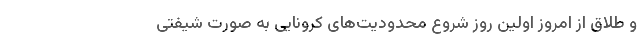
و طلاق از امروز اولین روز شروع محدودیت‌های کرونایی به صورت شیفتی